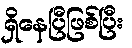
ရှိနေပြီဖြစ်ပြီး